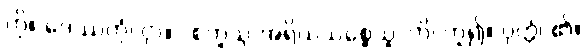
ကို။ ဒေဿတုံ၊ ငှာ။ “စတူသု အရိယသစ္စေသူ”တိ၊ ဟူ၍။ ဝုတ္တံ၊ ၏။